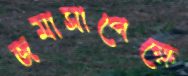
জমাসাপেক্ষে